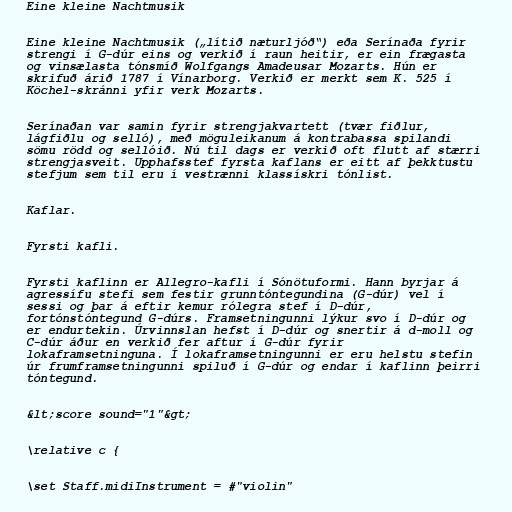
Eine kleine Nachtmusik

Eine kleine Nachtmusik („lítið næturljóð“) eða Serínaða fyrir
strengi í G-dúr eins og verkið í raun heitir, er ein frægasta
og vinsælasta tónsmíð Wolfgangs Amadeusar Mozarts. Hún er
skrifuð árið 1787 í Vínarborg. Verkið er merkt sem K. 525 í
Köchel-skránni yfir verk Mozarts.

Serínaðan var samin fyrir strengjakvartett (tvær fiðlur,
lágfiðlu og selló), með möguleikanum á kontrabassa spilandi
sömu rödd og sellóið. Nú til dags er verkið oft flutt af stærri
strengjasveit. Upphafsstef fyrsta kaflans er eitt af þekktustu
stefjum sem til eru í vestrænni klassískri tónlist.

Kaflar.

Fyrsti kafli.

Fyrsti kaflinn er Allegro-kafli í Sónötuformi. Hann byrjar á
agressífu stefi sem festir grunntóntegundina (G-dúr) vel í
sessi og þar á eftir kemur rólegra stef í D-dúr,
fortónstóntegund G-dúrs. Framsetningunni lýkur svo í D-dúr og
er endurtekin. Úrvinnslan hefst í D-dúr og snertir á d-moll og
C-dúr áður en verkið fer aftur í G-dúr fyrir
lokaframsetninguna. Í lokaframsetningunni er eru helstu stefin
úr frumframsetningunni spiluð í G-dúr og endar í kaflinn þeirri
tóntegund.

&lt;score sound="1"&gt;

\relative c {

\set Staff.midiInstrument = #"violin"